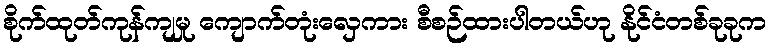
စိုက်ထုတ်ကုန်ကျမှု ကျောက်တုံးလှေကား စီစဉ်ထားပါတယ်ဟု နိုင်ငံတစ်ခုခုက